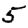
Digit: 5